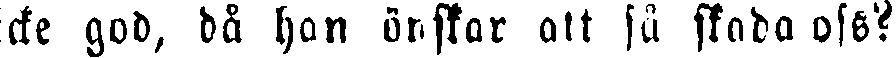
cke god, då hon önskar att få skada oss?